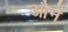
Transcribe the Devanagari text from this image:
औने